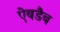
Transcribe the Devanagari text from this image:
ऐबडैब